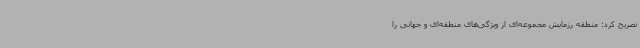
تصریح کرد: منطقه رزمایش مجموعه‌ای از ویژگی‌های منطقه‌ای و جهانی را